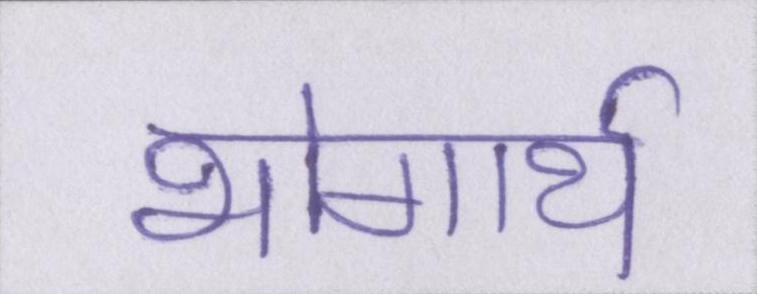
भोगार्थ